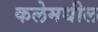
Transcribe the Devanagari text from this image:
कलेमधील